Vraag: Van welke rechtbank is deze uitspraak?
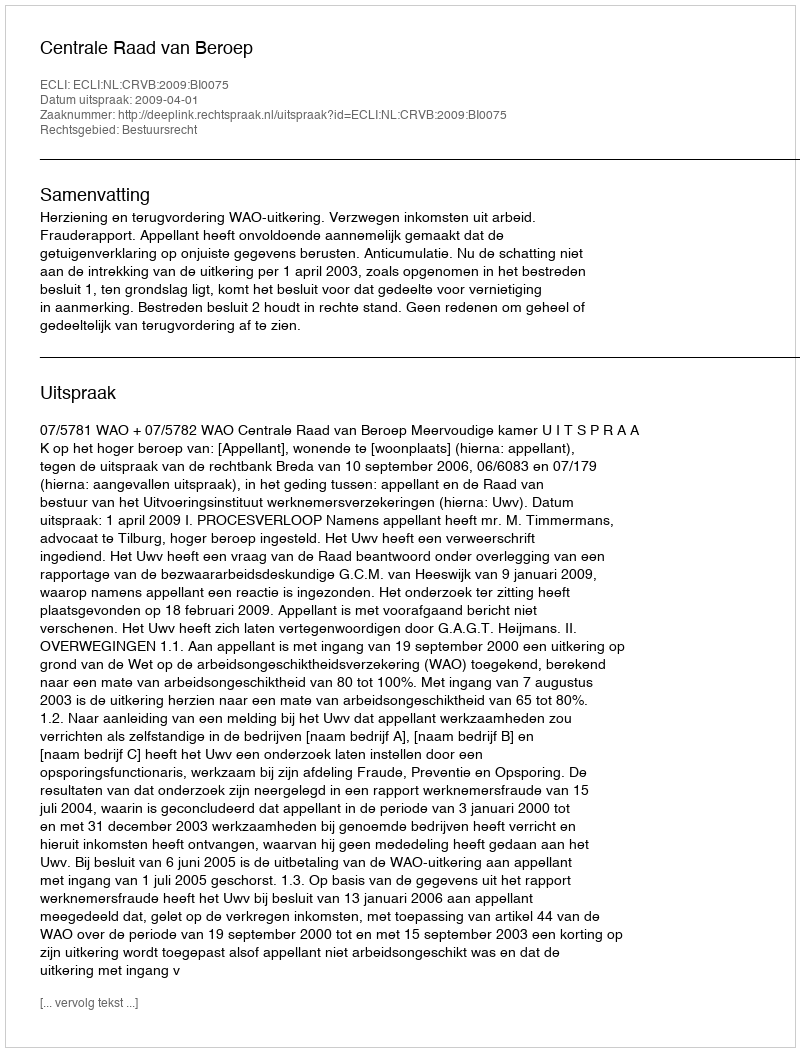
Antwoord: Centrale Raad van Beroep